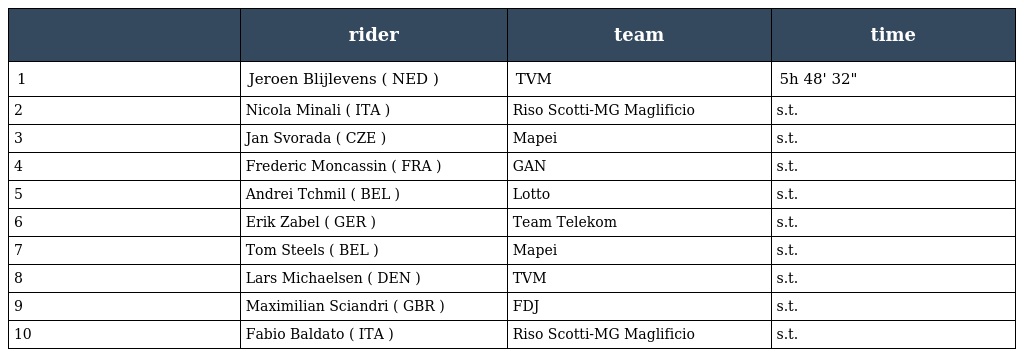
|  | rider | team | time |
 | --- | --- | --- | --- |
 | 1 | Jeroen Blijlevens ( NED ) | TVM | 5h 48' 32" |
 | 2 | Nicola Minali ( ITA ) | Riso Scotti-MG Maglificio | s.t. |
 | 3 | Jan Svorada ( CZE ) | Mapei | s.t. |
 | 4 | Frederic Moncassin ( FRA ) | GAN | s.t. |
 | 5 | Andrei Tchmil ( BEL ) | Lotto | s.t. |
 | 6 | Erik Zabel ( GER ) | Team Telekom | s.t. |
 | 7 | Tom Steels ( BEL ) | Mapei | s.t. |
 | 8 | Lars Michaelsen ( DEN ) | TVM | s.t. |
 | 9 | Maximilian Sciandri ( GBR ) | FDJ | s.t. |
 | 10 | Fabio Baldato ( ITA ) | Riso Scotti-MG Maglificio | s.t. |